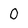
Character: O